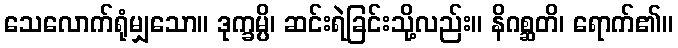
သေလောက်ရုံမျှသော။ ဒုက္ခမ္ပိ၊ ဆင်းရဲခြင်းသို့လည်း။ နိဂစ္ဆတိ၊ ရောက်၏။